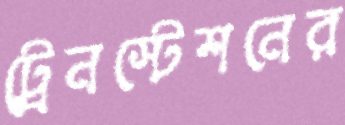
ট্রেনস্টেশনের